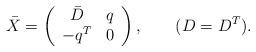
LaTeX: \begin{align*}\bar{X} = \left( \begin{array}{cc} \bar{D} & q \\ - q^{T} & 0 \end{array} \right) , ~~~~~~(D = D^{T}) .\end{align*}